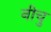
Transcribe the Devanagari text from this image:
नीचु